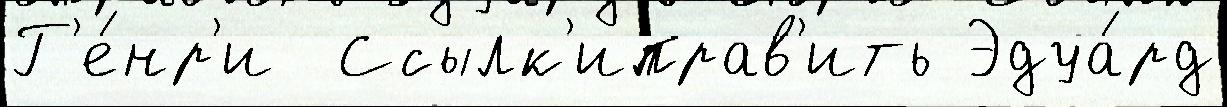
Г'е́нр'и  Ссылк'иправ'ить Эдуа́рд